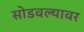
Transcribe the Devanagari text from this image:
सोडवल्यावर